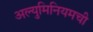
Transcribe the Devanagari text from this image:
अल्युमिनियमची